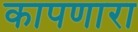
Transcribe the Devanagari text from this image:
कापणारा